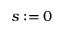
s : = 0